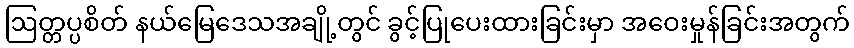
ဩတ္တပ္ပစိတ် နယ်မြေဒေသအချို့တွင် ခွင့်ပြုပေးထားခြင်းမှာ အဝေးမှုန်ခြင်းအတွက်